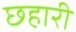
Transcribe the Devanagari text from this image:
छहारी